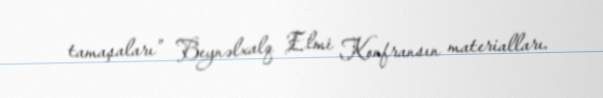
tamaşaları” Beynəlxalq Elmi Konfransın materialları.